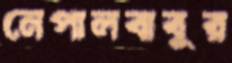
নেপালবাবুর